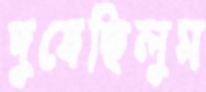
দুষেছিলুম